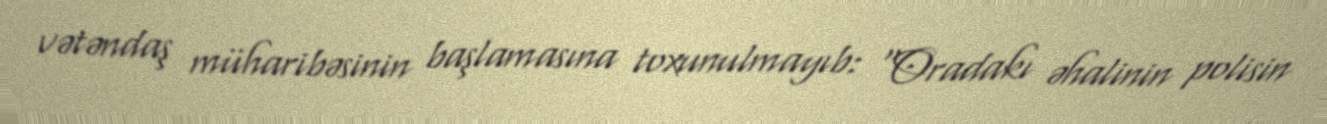
vətəndaş müharibəsinin başlamasına toxunulmayıb: “Oradakı əhalinin polisin